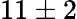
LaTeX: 11\pm 2